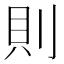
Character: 則